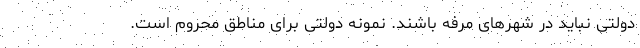
دولتی نباید در شهرهای مرفه باشند. نمونه دولتی برای مناطق محروم است.